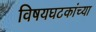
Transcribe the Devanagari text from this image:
विषयघटकांच्या